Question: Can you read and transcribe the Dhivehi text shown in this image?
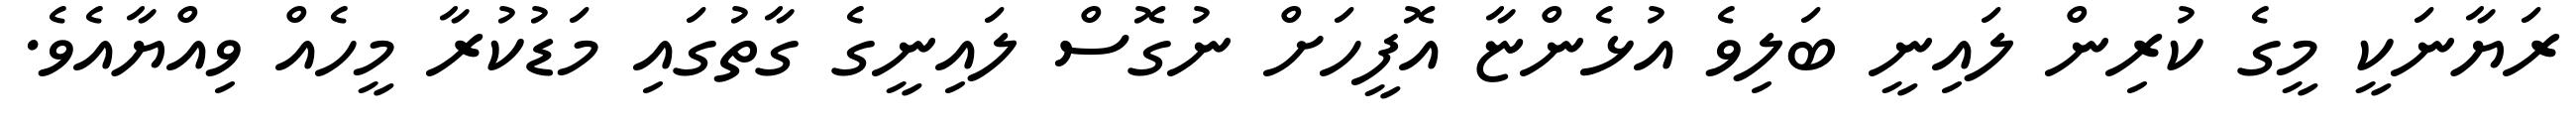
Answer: ރަޔާނަކީ މީގެ ކުރިން ލައިނީ ބަލިވެ އުޅެންޏާ އޮފީހަށް ނުގޮސް ލައިނީގެ ގާތުގައި މަޑުކުރާ މީހެއް ވިއްޔާއެވެ.